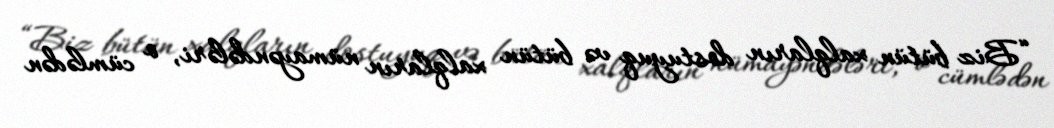
“Biz bütün xalqların dostuyuq və bütün xalqların nümayəndələri, o cümlədən